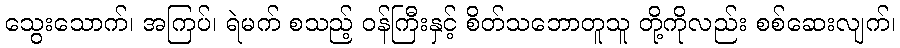
သွေးသောက်၊ အကြပ်၊ ရဲမက် စသည့် ဝန်ကြီးနှင့် စိတ်သဘောတူသူ တို့ကိုလည်း စစ်ဆေးလျက်၊